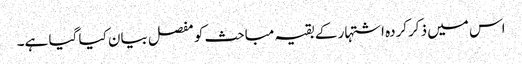
اس میں ذکرکردہ اشتہار کے بقیہ مباحث کو مفصل بیان کیا گیا ہے۔